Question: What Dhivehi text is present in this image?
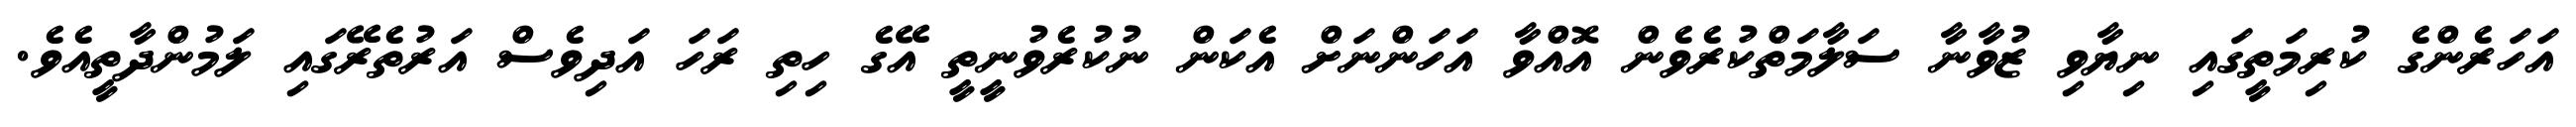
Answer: އަހަރެންގެ ކުރިމަތީގައި ނިޔާވި ޒުވާނާ ސަލާމަތްކުރެވެން އޮއްވާ އަހަންނަށް އެކަން ނުކުރެވުނީތީ އޭގެ ހިތި ރަހަ އަދިވެސް އަރުތެރޭގައި ލަމުންދާތީއެވެ.